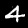
Label: 4